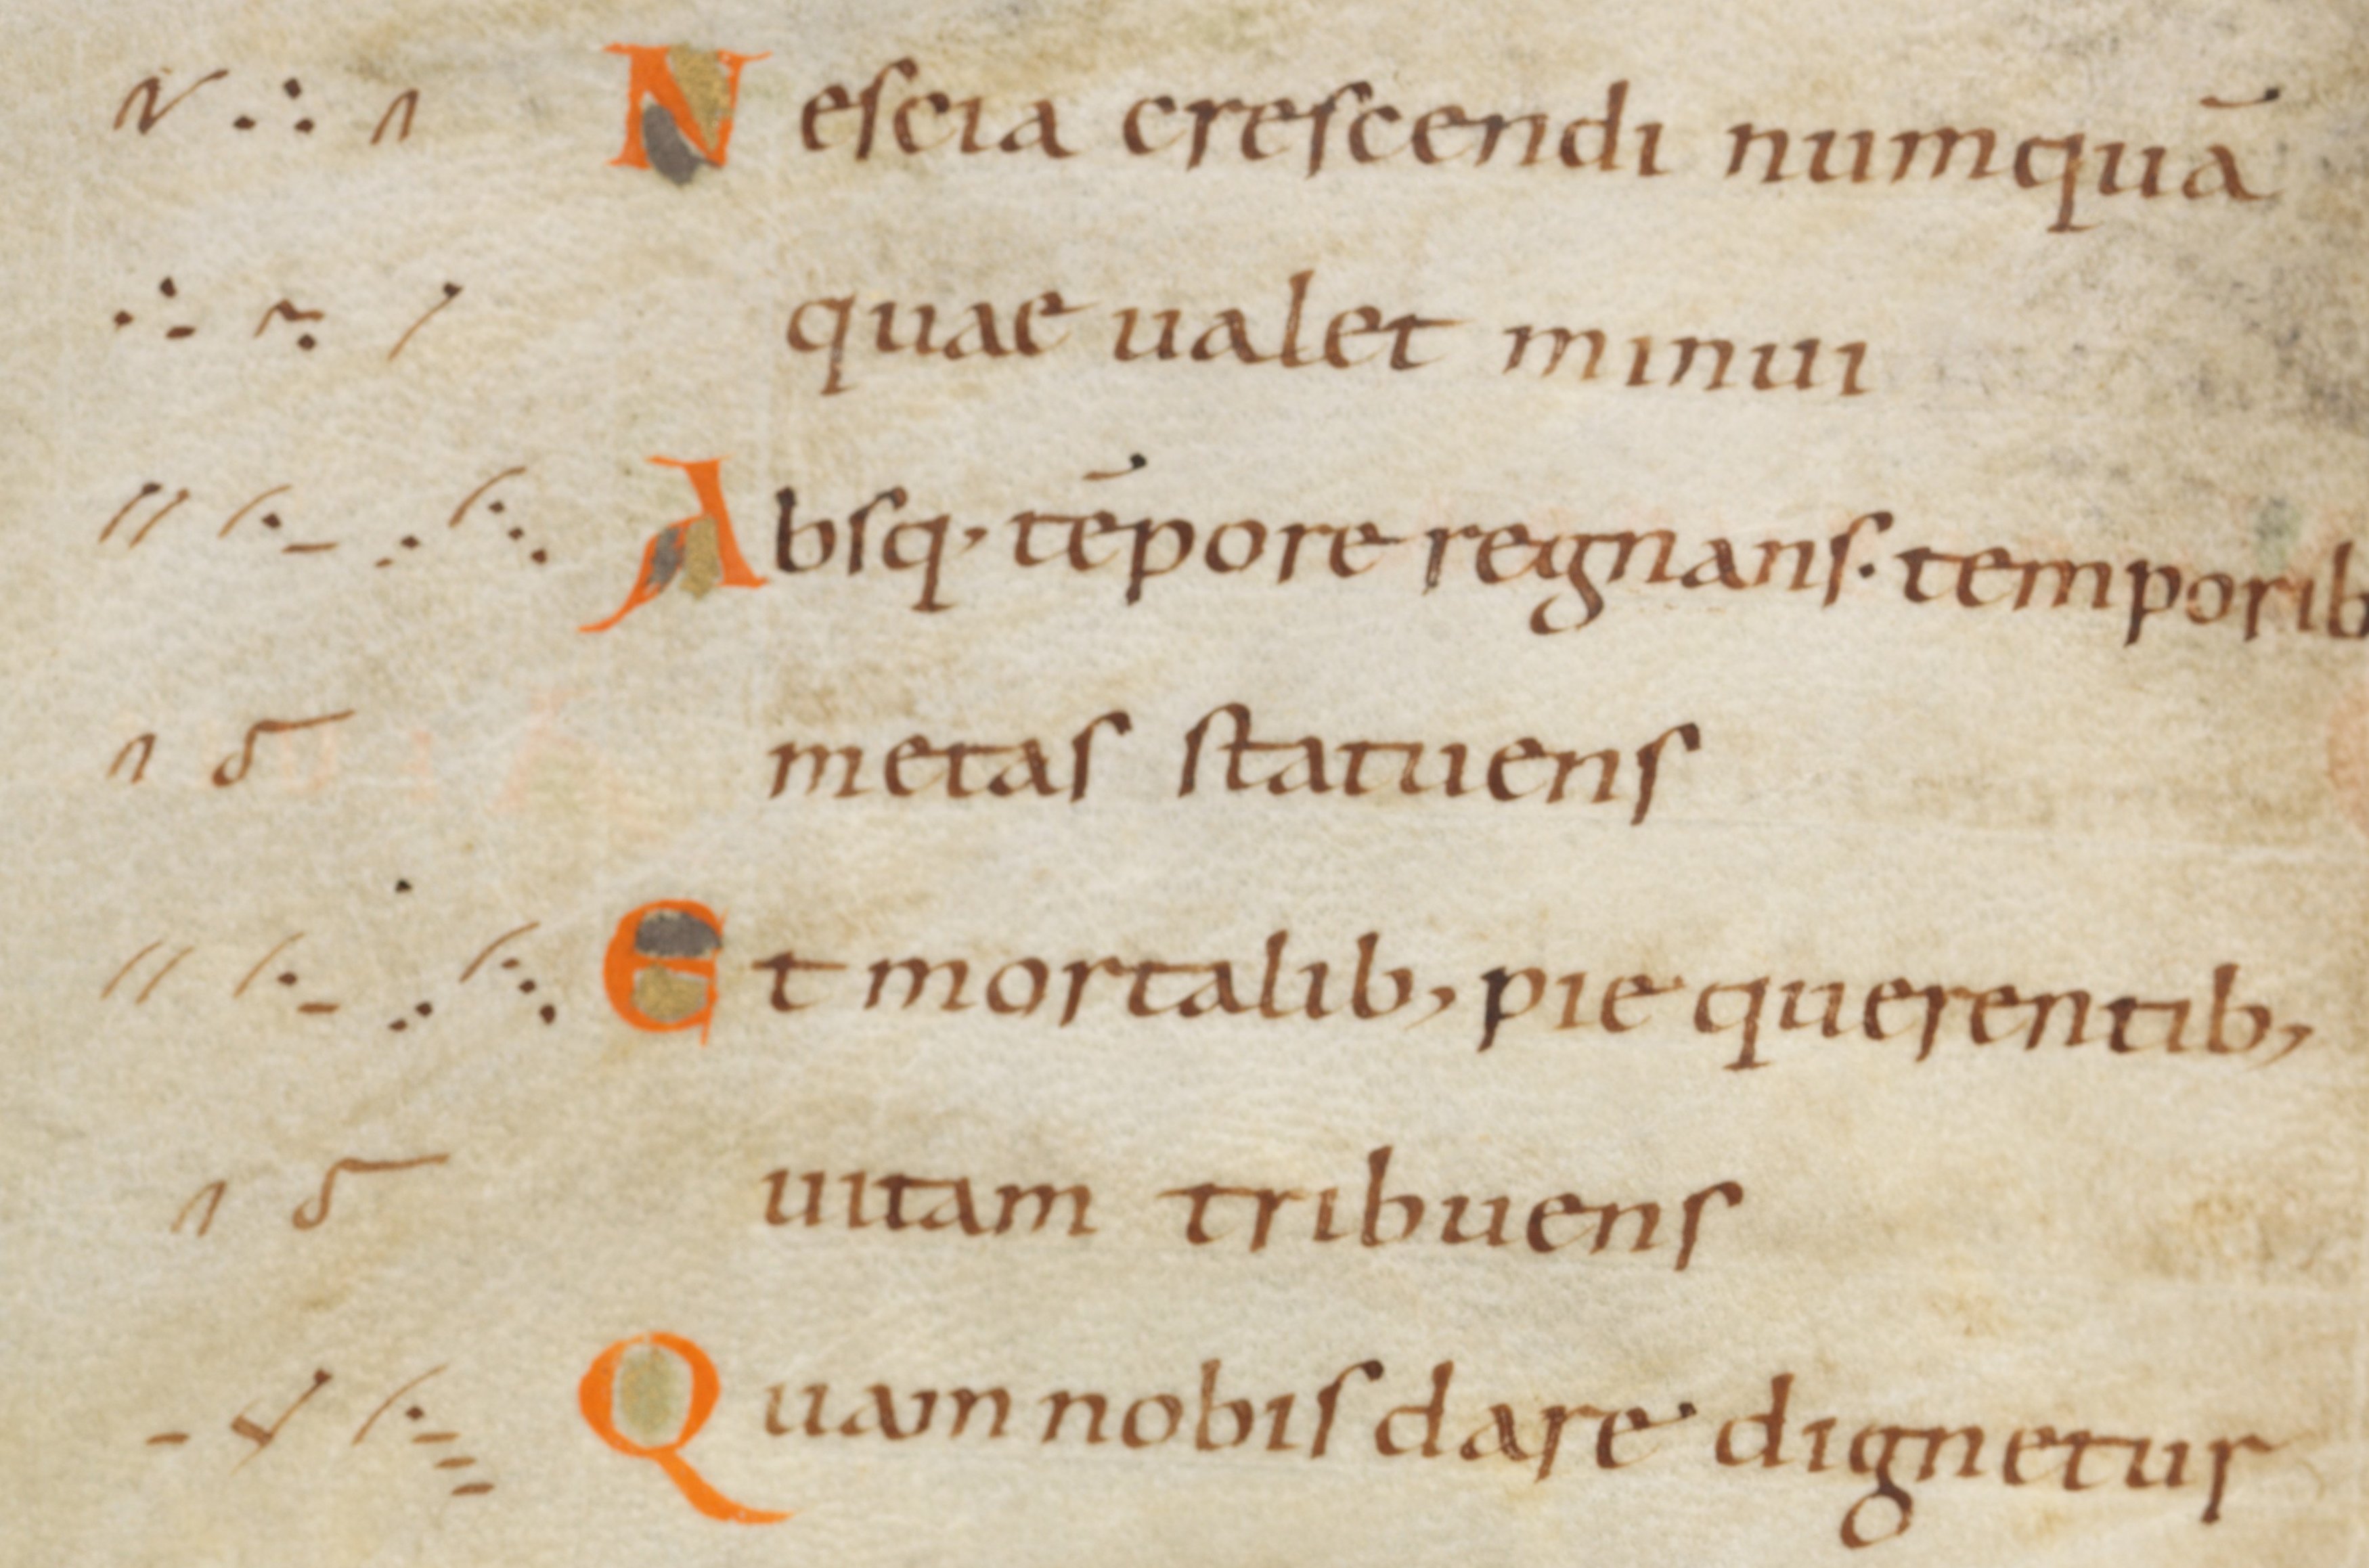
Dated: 945–985